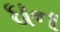
ઘન